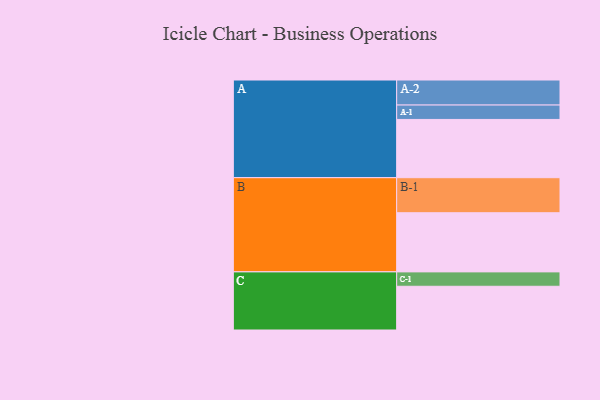
{"axis": {"x": "Segment", "y": "Value"}, "legend": ["", "A", "B", "C"], "data": [{"x": "A", "y": 449, "type": ""}, {"x": "B", "y": 456, "type": ""}, {"x": "C", "y": 337, "type": ""}, {"x": "A-1", "y": 111, "type": "A"}, {"x": "A-2", "y": 193, "type": "A"}, {"x": "B-1", "y": 270, "type": "B"}, {"x": "C-1", "y": 111, "type": "C"}]}